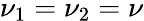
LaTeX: \nu_{1}=\nu_{2}=\nu